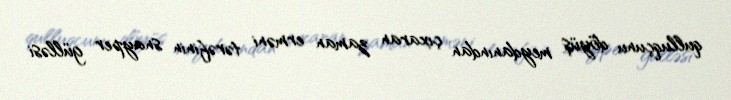
qulluqçunu döyüş meydanından çıxaran zaman erməni tərəfinin snayper gülləsi